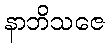
နာဘိသဇေ